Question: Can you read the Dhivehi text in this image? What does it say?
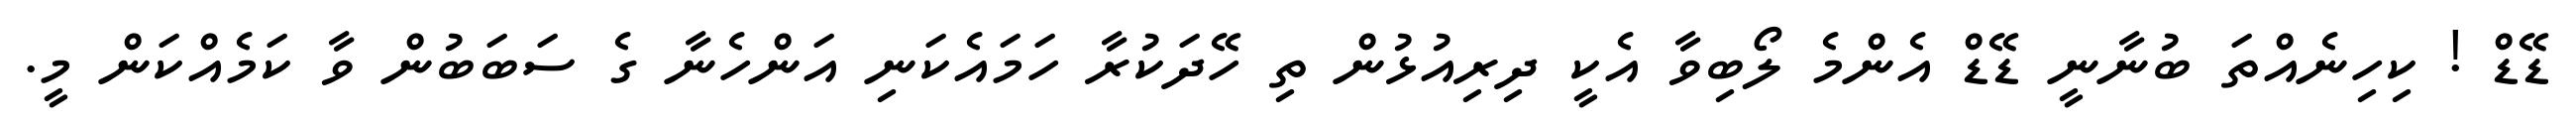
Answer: ޑޭޑް ! ކިހިނެއްތަ ބުނާނީ ޑޭޑް އެންމެ ލޯބިވާ އެކީ ދިރިއުޅުން ތި ހޭދަކުރާ ހަމައެކަނި އަންހެނާ ގެ ސަބަބުން ވާ ކަމެއްކަން މީ.